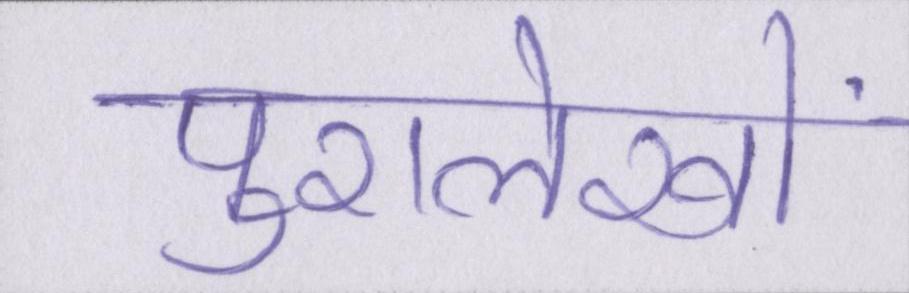
पुरालेखों